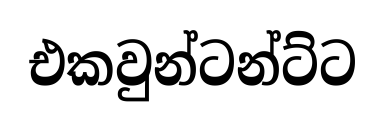
එකවුන්ටන්ට්ට